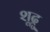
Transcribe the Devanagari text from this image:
शूद्रु